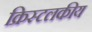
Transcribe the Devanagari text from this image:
क्रिस्टलकीय